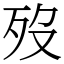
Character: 歿